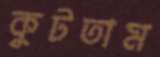
কুটতাম